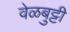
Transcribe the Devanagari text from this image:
वेळबुट्टी